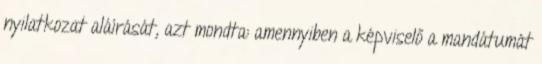
nyilatkozat aláírását, azt mondta: amennyiben a képviselő a mandátumát